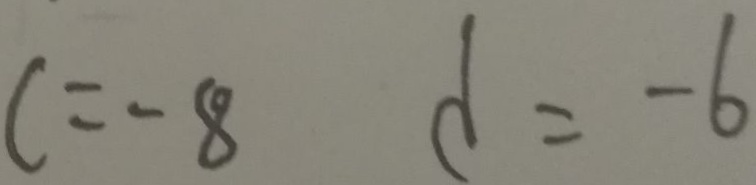
c = - 8 d = - 6